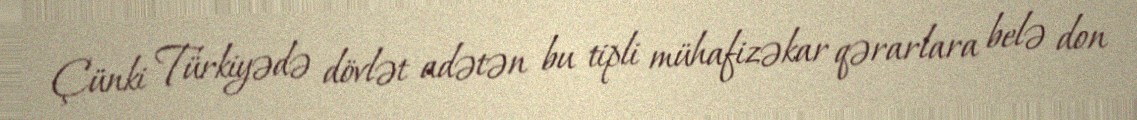
Çünki Türkiyədə dövlət adətən bu tipli mühafizəkar qərarlara belə don